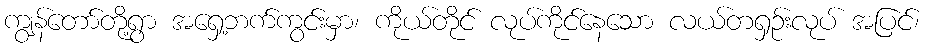
ကျွန်တော်တို့ရွာ အရှေ့ဘက်ကွင်းမှာ၊ ကိုယ်တိုင် လုပ်ကိုင်နေသော လယ်တရှဉ်းလုပ် အပြင်၊